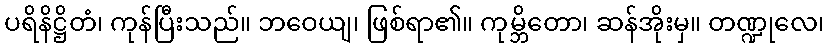
ပရိနိဋ္ဌိတံ၊ ကုန်ပြီးသည်။ ဘဝေယျ၊ ဖြစ်ရာ၏။ ကုမ္ဘိတော၊ ဆန်အိုးမှ။ တဏ္ဍုလေ၊